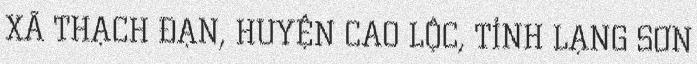
XÃ THẠCH ĐẠN, HUYỆN CAO LỘC, TỈNH LẠNG SƠN